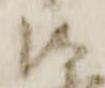
御